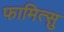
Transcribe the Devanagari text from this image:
फामित्सु